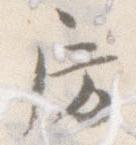
房